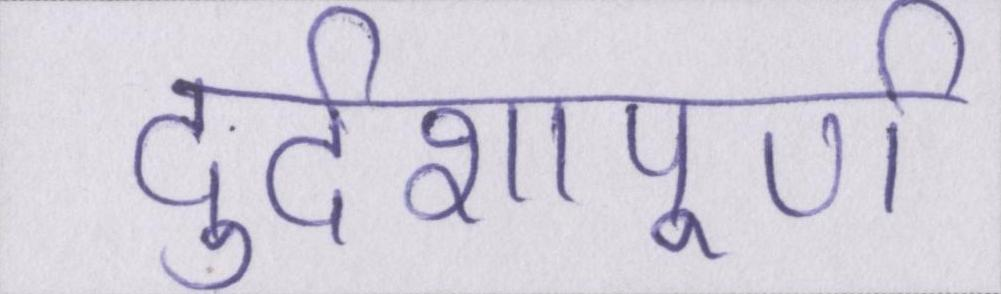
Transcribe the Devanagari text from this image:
दुर्दशापूर्ण